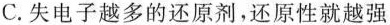
C.失电子越多的还原剂，还原性就越强